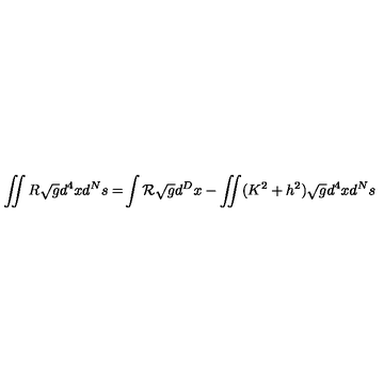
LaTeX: \int \! \! \! \! \int R \sqrt { g } d ^ { 4 } x d ^ { N } s = \! \int { \cal R } \sqrt { g } d ^ { D } x - \int \! \! \! \! \int ( K ^ { 2 } + h ^ { 2 } ) \sqrt { g } d ^ { 4 } x d ^ { N } s